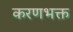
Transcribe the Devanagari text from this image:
करणभक्त